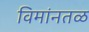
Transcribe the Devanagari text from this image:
विमांनतळ